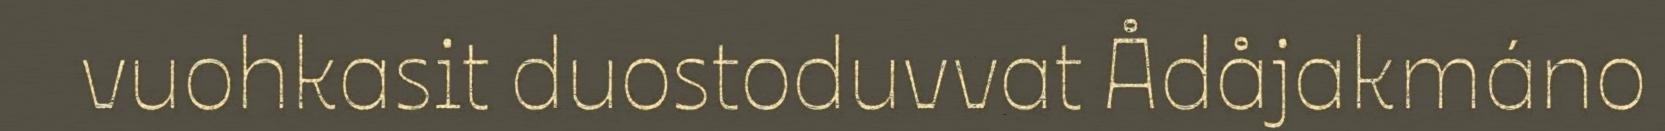
vuohkasit duostoduvvat Ådåjakmáno